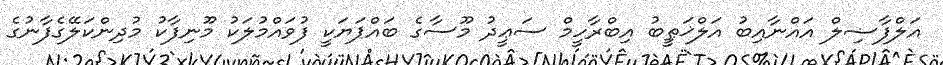
އަލްފާޟިލް އައްނާއިބު އަލްޚަޠީބު އިބްރާހީމް ސަޢީދު މޫސާގެ ބައްޕަޔަކީ ފުވައްމުލަކު މޫނިފާކު މުދިންކަލޭގެފާނުގެ